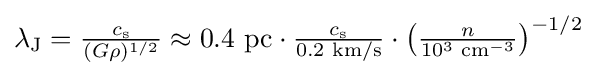
{\textstyle \lambda _{\text{J}}={\frac {c_{\text{s}}}{(G\rho )^{1/2}}}\approx 0.4{\text{ pc}}\cdot {\frac {c_{\text{s}}}{0.2{\text{ km/s}}}}\cdot \left({\frac {n}{10^{3}{\text{ cm}}^{-3}}}\right)^{-1/2}}